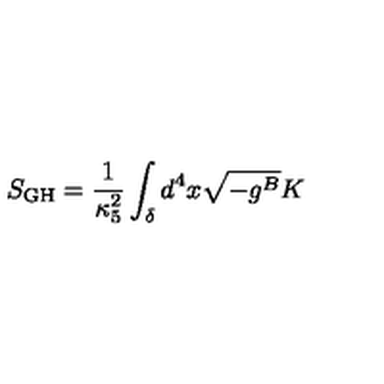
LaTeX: S _ { \mathrm { G H } } = \frac { 1 } { \kappa _ { 5 } ^ { 2 } } \int _ { \delta } d ^ { 4 } x \sqrt { - g ^ { B } } K